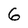
Character: 6